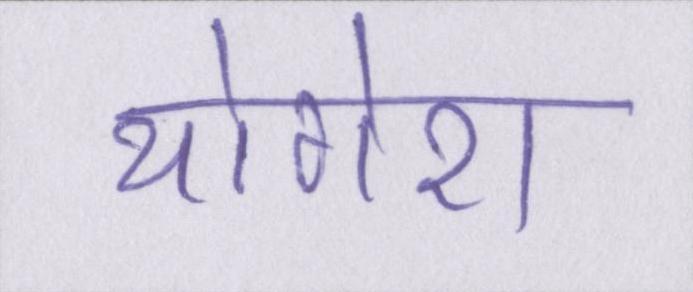
योगेश